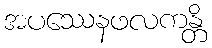
အပဿေနဖလကန္တိ